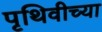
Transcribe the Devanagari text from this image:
पृथिवीच्या